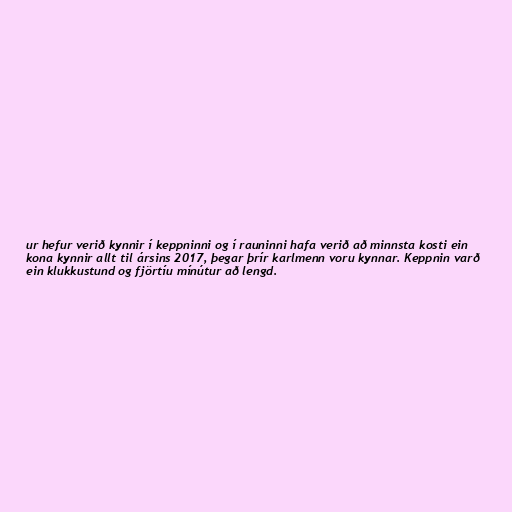
ur hefur verið kynnir í keppninni og í rauninni hafa verið að minnsta kosti ein
kona kynnir allt til ársins 2017, þegar þrír karlmenn voru kynnar. Keppnin varð
ein klukkustund og fjörtíu mínútur að lengd.